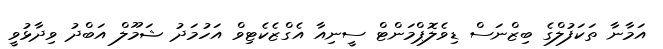
އަމާނާ ތަކަފުލްގެ ބިޒްނަސް ޑިވެލޮޕްމަންޓް ސީނިއާ އެގްޒެކެޓިވް އަހުމަދު ޝަމޫލް އަބްދު ވިދާޅުވީ